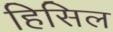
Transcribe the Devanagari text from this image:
हिसिल